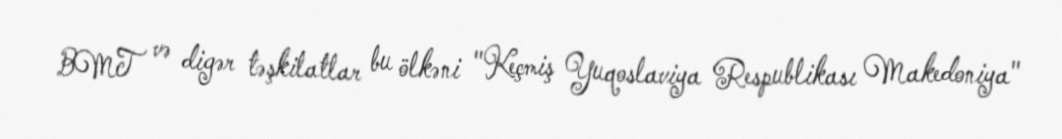
BMT və digər təşkilatlar bu ölkəni "Keçmiş Yuqoslaviya Respublikası Makedoniya"